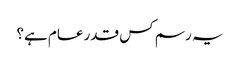
یہ رسم کس قدر عام ہے؟